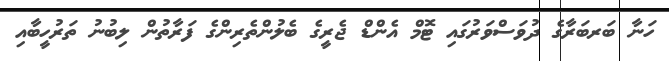
ހަނާ ބަރބަރާގެ ދުވަސްވަރުގައި ޓޮމް އެންޑް ޖެރީގެ ބެލުންތެރިންގެ ފަރާތުން ލިބުނު ތަރުހީބާއި